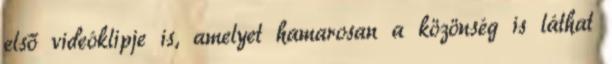
első videóklipje is, amelyet hamarosan a közönség is láthat